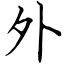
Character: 外